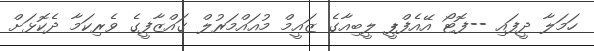
ހަމަލާ ދީފައި --ފޮޓޯ އޭއެފްޕީ ލީބިއާގެ ޒައީމް މުއައްމަރުލް ގައްޒާފީގެ ވެރިކަމާ ދެކޮޅަށް